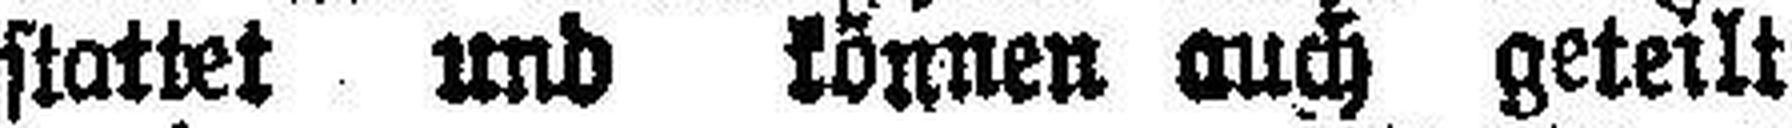
stattet und können auch geteilt